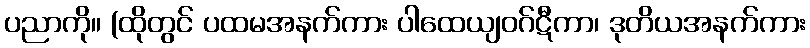
ပညာကို။ (ထိုတွင် ပထမအနက်ကား ပါထေယျဝဂ်ဋီကာ၊ ဒုတိယအနက်ကား